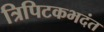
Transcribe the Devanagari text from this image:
त्रिपिटकभदंत